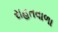
રાહતવાળા